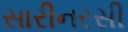
સારીનરસી